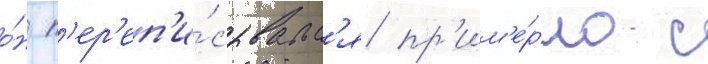
о́н п'ер'еп'и́сывалс'я пр'им'е́рно с